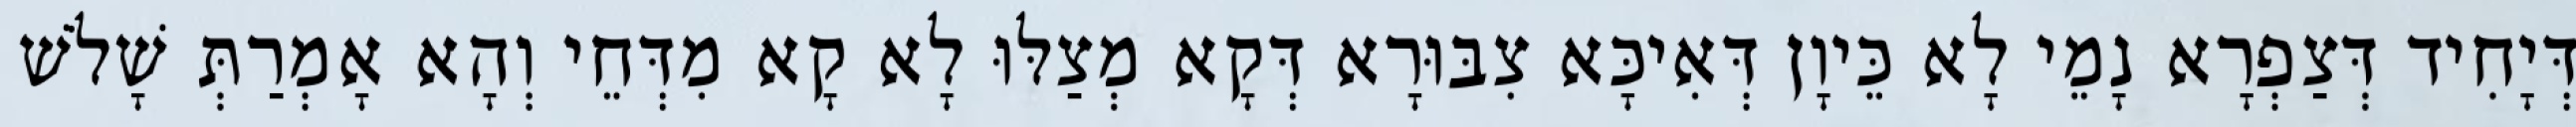
דְּיָחִיד דְּצַפְרָא נָמֵי לָא כֵּיוָן דְּאִיכָּא צִבּוּרָא דְּקָא מְצַלּוּ לָא קָא מִדְּחֵי וְהָא אָמְרַתְּ שָׁלֹשׁ